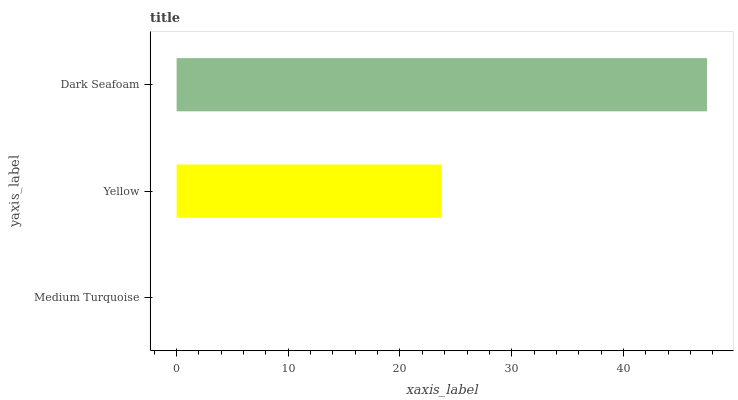
| yaxis_label | bars |
 | --- | --- |
 | Medium Turquoise | 0 |
 | Yellow | 23.7 |
 | Dark Seafoam | 47.5 |